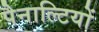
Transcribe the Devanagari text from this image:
पैनाल्टियों